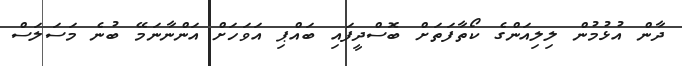
ދާން އުޅުމުން ލިލިއަންގެ ކޯތާފަތަށް ބޮސްދީފައި ބައްޕި އަވަހަށް އަންނާނަމޭ ބުނެ މަސަލަސް